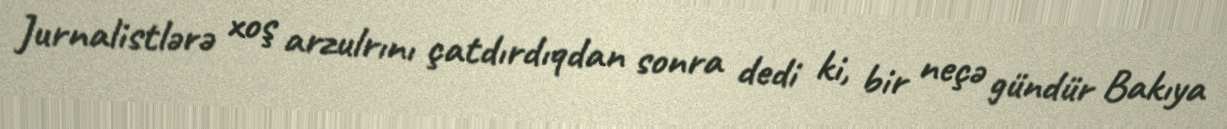
Jurnalistlərə xoş arzulrını çatdırdıqdan sonra dedi ki, bir neçə gündür Bakıya